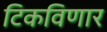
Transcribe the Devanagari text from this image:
टिकविणार